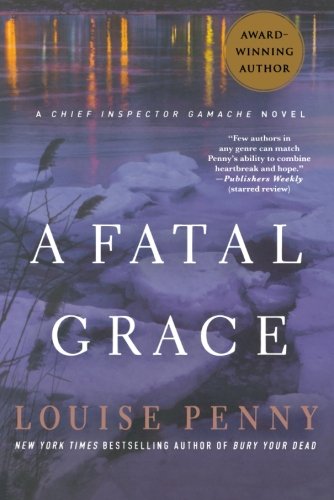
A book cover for A Fatal Grace: A Chief Inspector Gamache Novel; Louise Penny; Mystery, Thriller & Suspense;